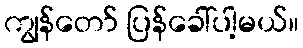
ကျွန်တော် ပြန်ခေါ်ပါ့မယ်။